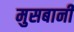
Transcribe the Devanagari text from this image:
मुसबानी